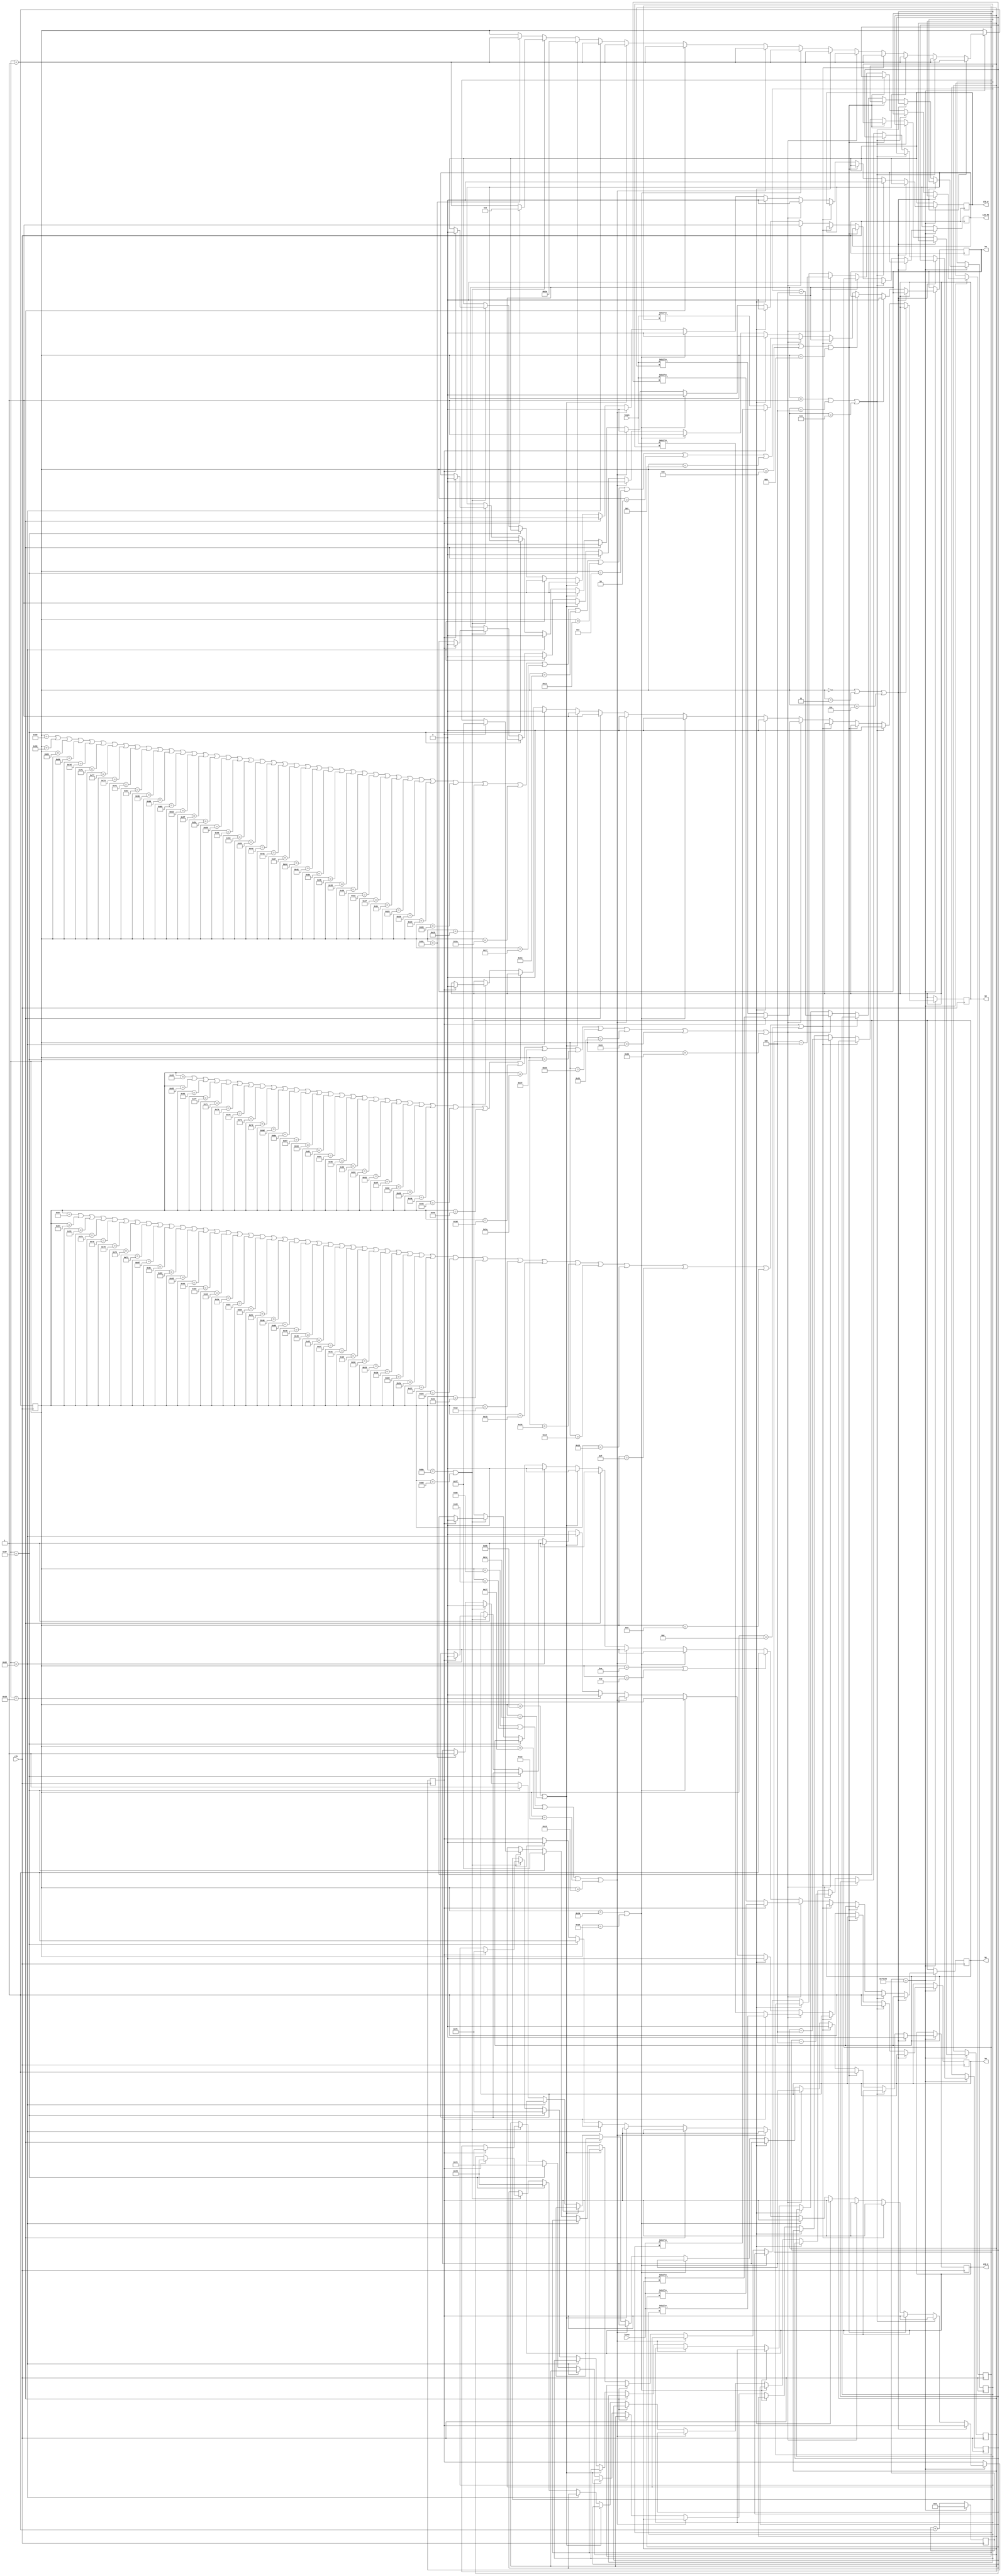
`timescale 1ns / 1ps
//////////////////////////////////////////////////////////////////////////////////
// Company: 
// Engineer: 
// 
// Design Name: 
// Module Name:    LCD_driver 
// Project Name: 
// Target Devices: 
// Tool versions: 
// Description: 
//
// Dependencies: 
//
// Revision: 
// Revision 0.01 - File Created
// Additional Comments: 
//
//////////////////////////////////////////////////////////////////////////////////
module LCD_driver(line1,line2,clk,LCD_RS,LCD_W,LCD_E,b3,b2,b1,b0
    );
	 `define TIMER 1000000
	 input [127:0]line1;
	 input [127:0]line2;
	 input clk;
	 output LCD_RS, LCD_W, LCD_E, b3, b2, b1, b0;
	 reg LCD_RS, LCD_W, LCD_E, b3, b2, b1, b0;
	 reg [32:0] counter;
	 reg [30:0] state;
	 reg [10:0] ind1;
	 reg [10:0] ind2;
	 reg [10:0] ind3;
	 reg [10:0] ind4;
	 reg state2;
	 initial begin
		counter=0;
		state=0;
		state2=0;
		ind1=127;
		ind2=126;
		ind3=125;
		ind4=124;
		LCD_RS=0;
		LCD_W=0;
		LCD_E=0;
		b3=0;
		b2=0;
		b1=0;
		b0=0;
	end
	
	 always@(posedge clk)
	 begin
	 if((counter==`TIMER))
	 begin
		 if((state==0 || state==3 || state==6))	begin
				LCD_E<=0;
				state<=state+1;
		 end
		 else if((state==1 || state==4 || state==7))	begin
				LCD_RS<=0;
				LCD_W<=0;
				b3<=0;
				b2<=0;
				b1<=1;
				b0<=1;
				state<=state+1;
		 end
		 else if((state==137 || state==134 || state==131 || state==128 || state==125 || state==122 || state==119 || state==116 || state==113 || state==110 || state==107 || state==104 || state==101 || state==98 || state==95 || state==92 || state==89 || state==86 || state==83 || state==80 || state==77 || state==74 || state==71 || state==68 || state==65 || state==62 || state==59 || state==56 || state==53 || state==50 || state==47 || state==44 || state==41 || state==38 || state==35 || state==32 || state==29 || state==26 || state==23 || state==20 || state==17 || state==14 || state==2 || state==5 || state==8 || state==11))	begin
				LCD_E<=1;
				state<=state+1;
		 end
		 else if((state==135 || state==132 || state==129 || state==126 || state==123 || state==120 || state==117 || state==114 || state==111 || state==108 || state==105 || state==102 || state==99 || state==96 || state==93 || state==90 || state==87 || state==84 || state==81 || state==78 || state==75 || state==72 || state==69 || state==66 || state==63 || state==60 || state==57 || state==54 || state==51 || state==48 || state==45 || state==42 || state==39 || state==36 || state==33 || state==30 || state==27 || state==24 || state==21 || state==18 || state==15 || state==9 || state==12))	begin
				LCD_E<=0;
				state<=state+1;
		 end
		 else if((state==136 || state==133 || state==130 || state==127 || state==124 || state==121 || state==118 || state==115 || state==112 || state==109 || state==106 || state==103 || state==100 || state==97 || state==94 || state==91 || state==88 || state==85 || state==82 || state==79 || state==76 || state==73 || state==70 || state==67 || state==64 || state==61 || state==58 || state==55 || state==52 || state==49 || state==46 || state==43))	begin
				LCD_RS<=1;
				LCD_W<=0;
				if(state2==0)
				begin
				b3<=line1[ind1];
				b2<=line1[ind2];
				b1<=line1[ind3];
				b0<=line1[ind4];
				end
				if(state2==1)
				begin
				b3<=line2[ind1];
				b2<=line2[ind2];
				b1<=line2[ind3];
				b0<=line2[ind4];
				end
				ind1<=ind1-4;
				ind2<=ind2-4;
				ind3<=ind3-4;
				ind4<=ind4-4;
				state<=state+1;
		 end
		 else if((state==10 || state==13))	begin
				LCD_RS<=0;
				LCD_W<=0;
				b3<=0;
				b2<=0;
				b1<=1;
				b0<=0;
				state<=state+1;
		 end
		 else if((state==16 || state==37))	begin
				LCD_RS<=0;
				LCD_W<=0;
				b3<=1;
				b2<=0;
				b1<=0;
				b0<=0;
				state<=state+1;
		 end
		 else if((state==142 || state==40 || state==31 || state==19 || state==25))	begin
				LCD_RS<=0;
				LCD_W<=0;
				b3<=0;
				b2<=0;
				b1<=0;
				b0<=0;
				state<=state+1;
		 end
		 else if((state==22))	begin
				LCD_RS<=0;
				LCD_W<=0;
				b3<=0;
				b2<=1;
				b1<=1;
				b0<=0;
				state<=state+1;
		 end
		 else if((state==139 || state==28))	begin
				LCD_RS<=0;
				LCD_W<=0;
				b3<=1;
				b2<=1;
				b1<=0;
				b0<=0;
				state<=state+1;
		 end
		 else if((state==34))	begin
				LCD_RS<=0;
				LCD_W<=0;
				b3<=0;
				b2<=0;
				b1<=0;
				b0<=1;
				state<=state+1;
		 end
		 else if((state==143))	begin
			LCD_E<=1;
			
			state2<=1;
			
			ind1<=127;
			ind2<=126;
			ind3<=125;
			ind4<=124;
			state<=42;
		 end
		 else if((state==138 || state==141))	begin
				LCD_E<=0;
				if(state2==1)	begin
				counter<=0;
		state<=0;
		state2<=0;
		ind1<=127;
		ind2<=126;
		ind3<=125;
		ind4<=124;
		LCD_RS<=0;
		LCD_W<=0;
		LCD_E<=0;
		b3<=0;
		b2<=0;
		b1<=0;
		b0<=0;
				end
				else	begin
				state<=state+1;
				end
		 end
		 else if((state==140))	begin
				LCD_E<=1;
				state<=state+1;
		 end
		 
			counter<=0;
	 end
	 else 
			counter<=counter+1;
	 end
	 
endmodule